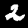
Digit: 2